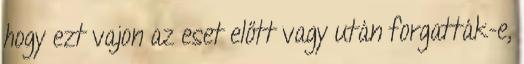
hogy ezt vajon az eset előtt vagy után forgatták-e,